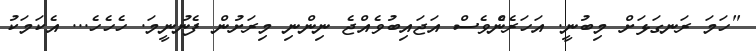
"ހަމަ ރަނގަޅަށް މިބުނީ. އަހަރެންެވެސް އަޖައިބުވެއްޖެ ނިންނި މިރަށުން ފެނުނީމަ. ހެހެހެ... އެކަމަކު